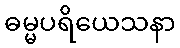
ဓမ္မပရိယေသနာ